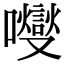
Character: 𡄕